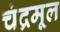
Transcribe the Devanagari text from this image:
चंद्रमूल